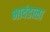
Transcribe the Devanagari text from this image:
भावंडाला